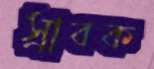
স্রাবক